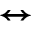
\leftrightarrow